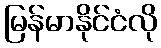
မြန်မာနိုင်ငံလို